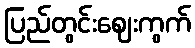
ပြည်တွင်းဈေးကွက်